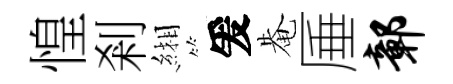
惶剎緗爰𤲅厜鄣